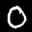
Label: 0